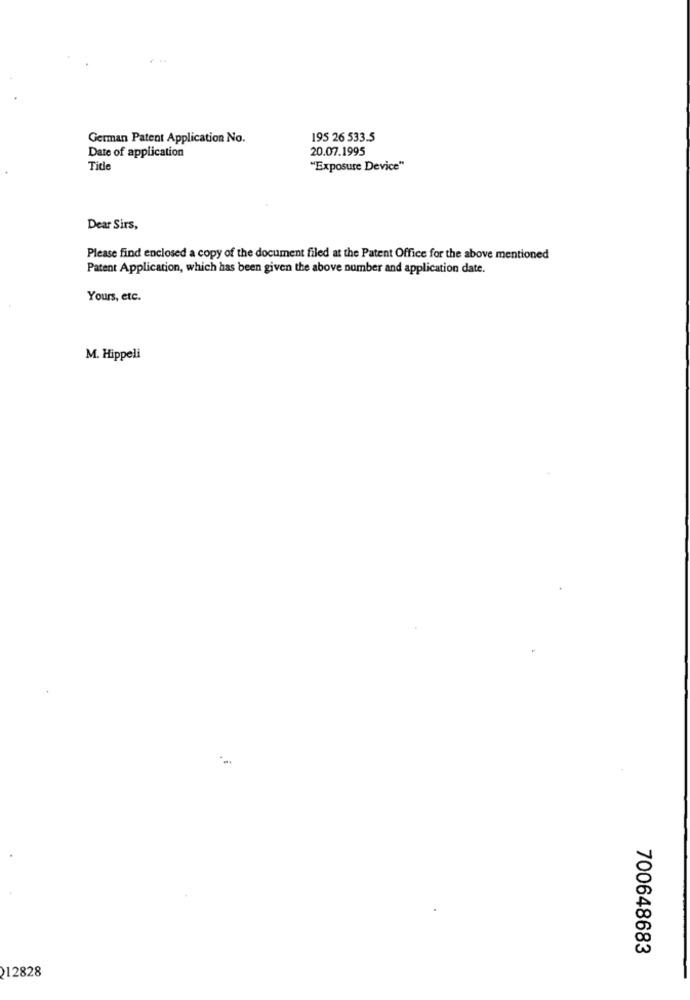
German Patent Application No.
195 26 533.5
Date of application
20.07.1995
Title
"Exposure Device"
Dear Sirs,
Please find enclosed a copy of the document filed at the Patent Office for the above mentioned
Patent Application, which has been given the above number and application date.
Yours, etc.
M. Hippeli
700648683
212828